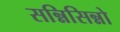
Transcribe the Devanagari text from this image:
सन्निसिन्नो